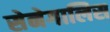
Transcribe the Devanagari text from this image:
सेनेगालिस